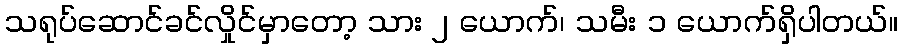
သရုပ်ဆောင်ခင်လှိုင်မှာတော့ သား ၂ ယောက်၊ သမီး ၁ ယောက်ရှိပါတယ်။